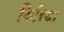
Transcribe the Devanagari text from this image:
थिरिया